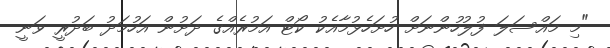
"މި މައްސަލަ ފުލުހުންނަށް ހުށަހެޅުމާއެކު ކޯޓް އަމުރެއްގެ ދަށުން އަހުމަދު ބަދުރީ ވަނީ